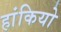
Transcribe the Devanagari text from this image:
हांकियो